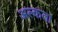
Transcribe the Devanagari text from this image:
अल्कता